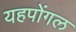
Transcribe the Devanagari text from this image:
यहपोंगल